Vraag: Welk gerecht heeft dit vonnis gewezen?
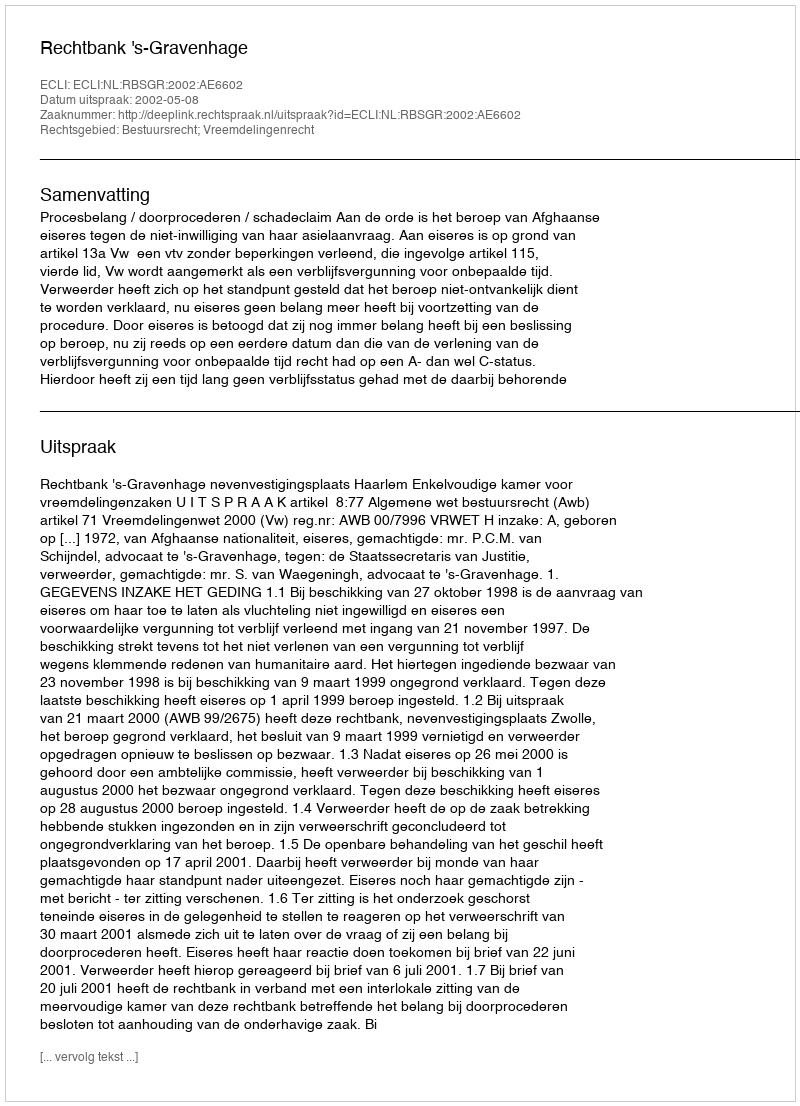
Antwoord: Rechtbank 's-Gravenhage